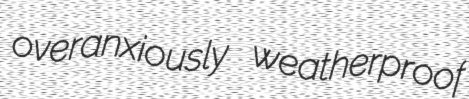
overanxiously weatherproof